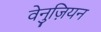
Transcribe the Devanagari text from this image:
वेनुज़ियन